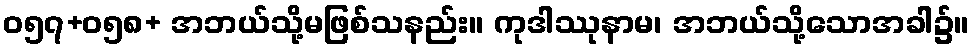
ဝ၅၇+၀၅၈+ အဘယ်သို့မဖြစ်သနည်း။ ကုဒါဿုနာမ၊ အဘယ်သို့သောအခါ၌။